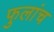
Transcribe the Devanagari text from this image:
फुलांच